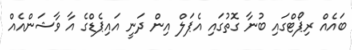
ބައެއް ރިޕޯޓްގައި ބުނާ ގޮތުގައި އެޕަލް އިން ދަނީ އައިޕެޑްގެ އާ ވާޝަންއެއް